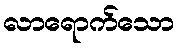
လာရောက်သော